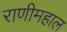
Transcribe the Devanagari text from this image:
राणीमहाल